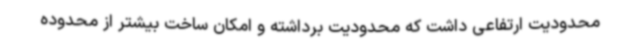
محدودیت ارتفاعی داشت که محدودیت برداشته و امکان ساخت بیشتر از محدوده